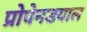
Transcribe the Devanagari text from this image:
प्रोपेनडयाल